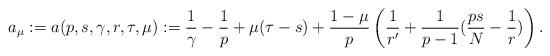
LaTeX: \begin{align*}a_\mu:=a(p, s, \gamma, r, \tau, \mu):=\frac{1}{\gamma}-\frac{1}{p}+\mu(\tau-s)+\frac{1-\mu}{p}\left(\frac{1}{r'}+\frac{1}{p-1}(\frac{ps}{N}-\frac{1}{r})\right).\end{align*}